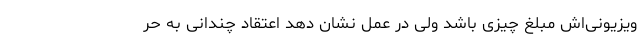
ویزیونی‌اش مبلغ چیزی باشد ولی در عمل نشان دهد اعتقاد چندانی به حر